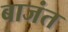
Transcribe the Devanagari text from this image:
बाजंत